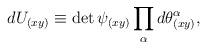
LaTeX: \begin{align*}dU_{(xy)} \equiv \det\psi_{(xy)} \prod_\alpha d\theta_{(xy)}^\alpha ,\end{align*}